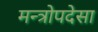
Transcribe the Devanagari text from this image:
मन्त्रोपदेसा